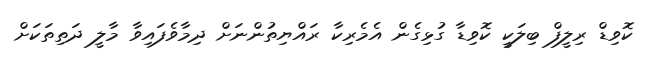
ކޮވިޑް ރިލީފް ބިލަކީ ކޮވިޑާ ގުޅިގެން އެމެރިކާ ރައްޔިތުންނަށް ދިމާވެފައިވާ މާލީ ދަތިތަކަށް